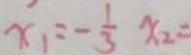
x _ { 1 } = - \frac { 1 } { 3 } x _ { 2 } =